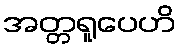
အတ္တရူပေဟိ